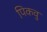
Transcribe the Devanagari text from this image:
पिकवु